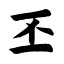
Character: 丕